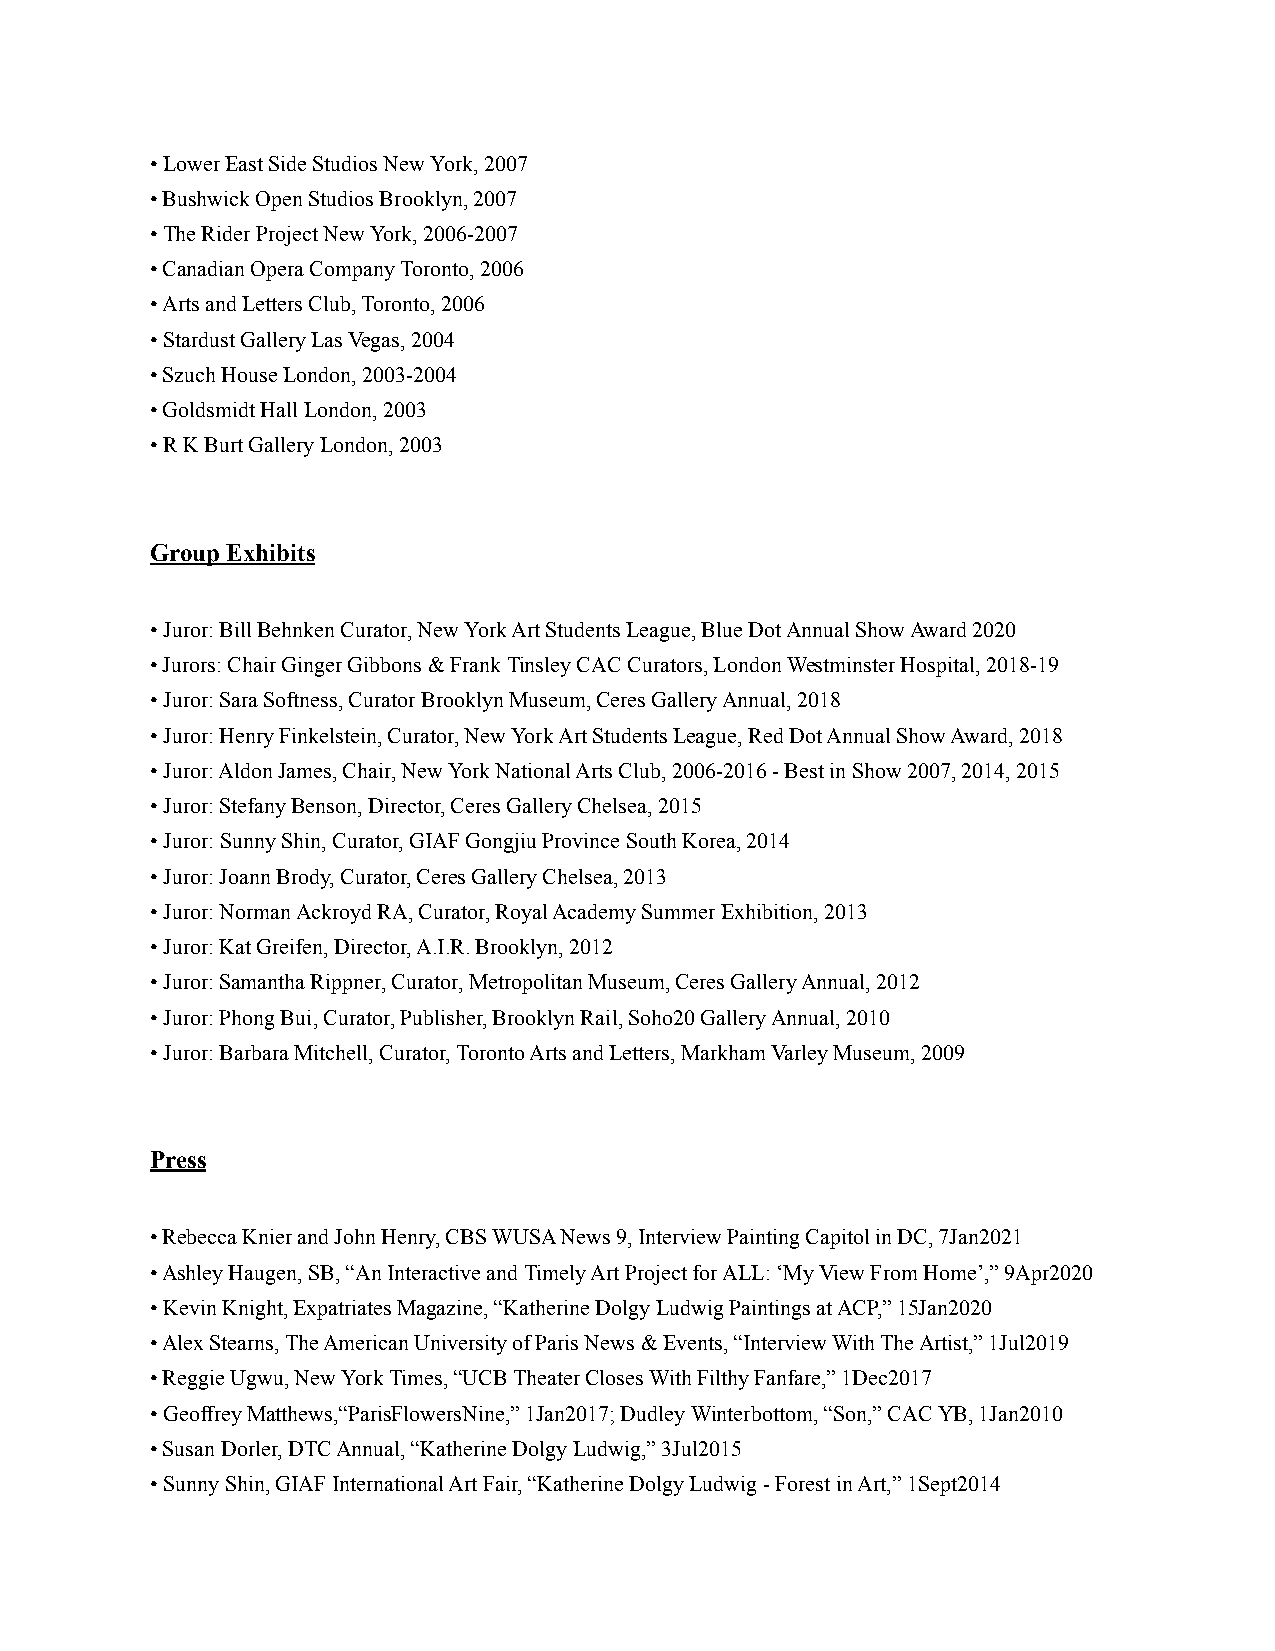
• Lower East Side Studios New York, 2007
 • Bushwick Open Studios Brooklyn, 2007
 • The Rider Project New York, 2006-2007
 • Canadian Opera Company Toronto, 2006
 • Arts and Letters Club, Toronto, 2006
 • Stardust Gallery Las Vegas, 2004
 • Szuch House London, 2003-2004
 • Goldsmidt Hall London, 2003
 • R K Burt Gallery London, 2003
 Group Exhibits
 • Juror: Bill Behnken Curator, New York Art Students League, Blue Dot Annual Show Award 2020
 • Jurors: Chair Ginger Gibbons & Frank Tinsley CAC Curators, London Westminster Hospital, 2018-19
 • Juror: Sara Softness, Curator Brooklyn Museum, Ceres Gallery Annual, 2018
 • Juror: Henry Finkelstein, Curator, New York Art Students League, Red Dot Annual Show Award, 2018
 • Juror: Aldon James, Chair, New York National Arts Club, 2006-2016 - Best in Show 2007, 2014, 2015
 • Juror: Stefany Benson, Director, Ceres Gallery Chelsea, 2015
 • Juror: Sunny Shin, Curator, GIAF Gongjiu Province South Korea, 2014
 • Juror: Joann Brody, Curator, Ceres Gallery Chelsea, 2013
 • Juror: Norman Ackroyd RA, Curator, Royal Academy Summer Exhibition, 2013
 • Juror: Kat Greifen, Director, A.I.R. Brooklyn, 2012
 • Juror: Samantha Rippner, Curator, Metropolitan Museum, Ceres Gallery Annual, 2012
 • Juror: Phong Bui, Curator, Publisher, Brooklyn Rail, Soho20 Gallery Annual, 2010
 • Juror: Barbara Mitchell, Curator, Toronto Arts and Letters, Markham Varley Museum, 2009
 Press
 • Rebecca Knier and John Henry, CBS WUSA News 9, Interview Painting Capitol in DC, 7Jan2021
 • Ashley Haugen, SB, “An Interactive and Timely Art Project for ALL: ‘My View From Home’,” 9Apr2020
 • Kevin Knight, Expatriates Magazine, “Katherine Dolgy Ludwig Paintings at ACP,” 15Jan2020
 • Alex Stearns, The American University of Paris News & Events, “Interview With The Artist,” 1Jul2019
 • Reggie Ugwu, New York Times, “UCB Theater Closes With Filthy Fanfare,” 1Dec2017
 • Geoffrey Matthews,“ParisFlowersNine,” 1Jan2017; Dudley Winterbottom, “Son,” CAC YB, 1Jan2010
 • Susan Dorler, DTC Annual, “Katherine Dolgy Ludwig,” 3Jul2015
 • Sunny Shin, GIAF International Art Fair, “Katherine Dolgy Ludwig - Forest in Art,” 1Sept2014